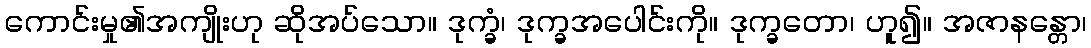
ကောင်းမှု၏အကျိုးဟု ဆိုအပ်သော။ ဒုက္ခံ၊ ဒုက္ခအပေါင်းကို။ ဒုက္ခတော၊ ဟူ၍။ အဇာနန္တော၊